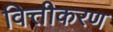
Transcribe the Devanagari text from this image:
वित्तीकरण